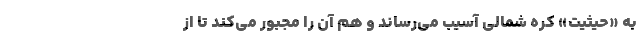
به «حیثیت» کره شمالی آسیب می‌رساند و هم آن را مجبور می‌کند تا از